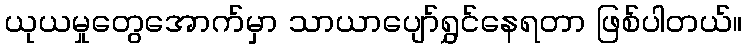
ယုယမှုတွေအောက်မှာ သာယာပျော်ရွှင်နေရတာ ဖြစ်ပါတယ်။